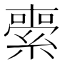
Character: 𦃦